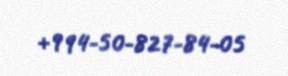
+994-50-827-84-05